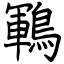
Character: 鶤